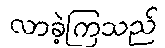
လာခဲ့ကြသည်